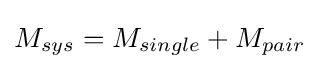
M_{sys}=M_{single}+M_{pair}